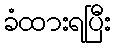
ခံထားရပြီး